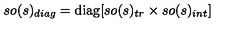
s o ( s ) _ { d i a g } = \mathrm { d i a g } [ s o ( s ) _ { t r } \times s o ( s ) _ { i n t } ]